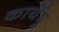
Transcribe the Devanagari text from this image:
कार्येषु